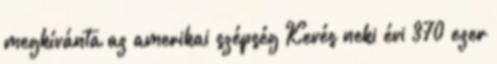
megkívánta az amerikai szépség Kevés neki évi 370 ezer